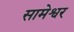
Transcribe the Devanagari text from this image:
सामेश्वर